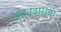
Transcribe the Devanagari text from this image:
वतनदाराचा